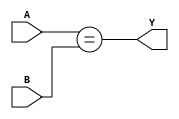
// 8-bit comparator
module MOD_74x688 (
    input [7:0] A,
    input [7:0] B,
    output Y
);

assign Y = (A == B);

endmodule